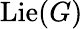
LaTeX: \operatorname{Lie}(G)